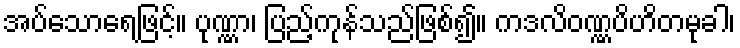
အပ်သောရေဖြင့်။ ပုဏ္ဏာ၊ ပြည့်ကုန်သည်ဖြစ်၍။ ကဒလိဝဏ္ဏပိဟိတမုခါ၊